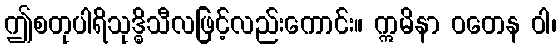
ဤစတုပါရိသုဒ္ဓိသီလဖြင့်လည်းကောင်း။ ဣမိနာ ဝတေန ဝါ၊